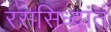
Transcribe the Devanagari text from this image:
रससिध्दांत